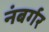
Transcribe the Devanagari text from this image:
नंबर्गर